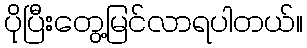
ပိုပြီးတွေ့မြင်လာရပါတယ်။